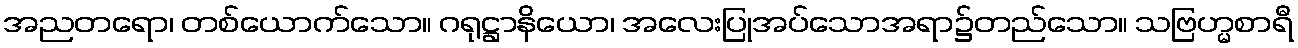
အညတရော၊ တစ်ယောက်သော။ ဂရုဋ္ဌာနိယော၊ အလေးပြုအပ်သောအရာ၌တည်သော။ သဗြဟ္မစာရီ